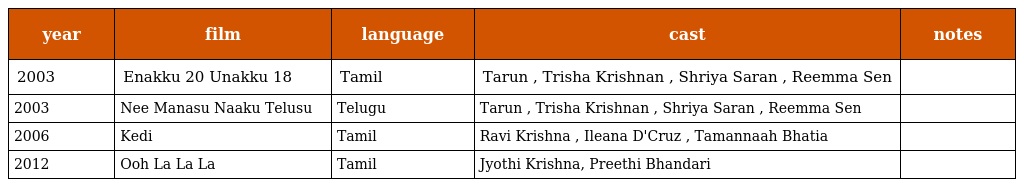
| year | film | language | cast | notes |
 | --- | --- | --- | --- | --- |
 | 2003 | Enakku 20 Unakku 18 | Tamil | Tarun , Trisha Krishnan , Shriya Saran , Reemma Sen |  |
 | 2003 | Nee Manasu Naaku Telusu | Telugu | Tarun , Trisha Krishnan , Shriya Saran , Reemma Sen |  |
 | 2006 | Kedi | Tamil | Ravi Krishna , Ileana D'Cruz , Tamannaah Bhatia |  |
 | 2012 | Ooh La La La | Tamil | Jyothi Krishna, Preethi Bhandari |  |